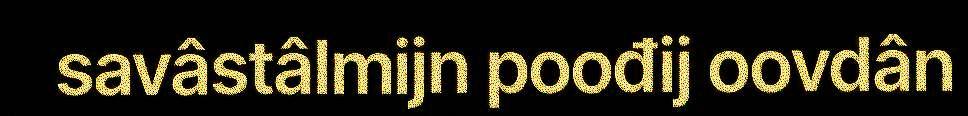
savâstâlmijn poođij oovdân